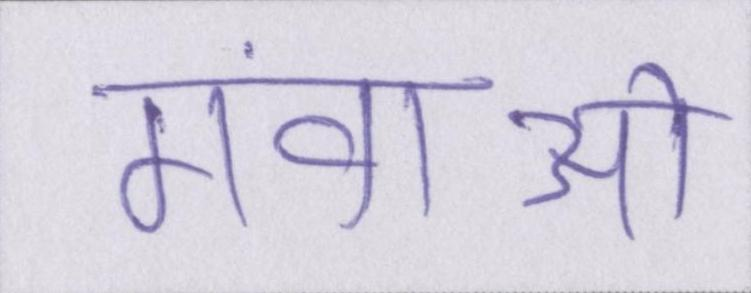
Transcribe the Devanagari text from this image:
गंवाओ